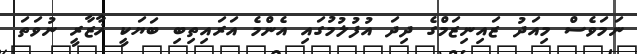
ނަމަވެސް މިއަދު ޒައިނިޒަމްގެ ދިދަ އުފުލުމުގައި އެންމެ އަރައިތިބި ބަޔަކީ ޚާޒާރީ ނުވަތަ